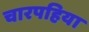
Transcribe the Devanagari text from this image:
चारपहिया